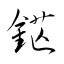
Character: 鋩